Calcutta medical institutions reports 1871-78
Year: 1871
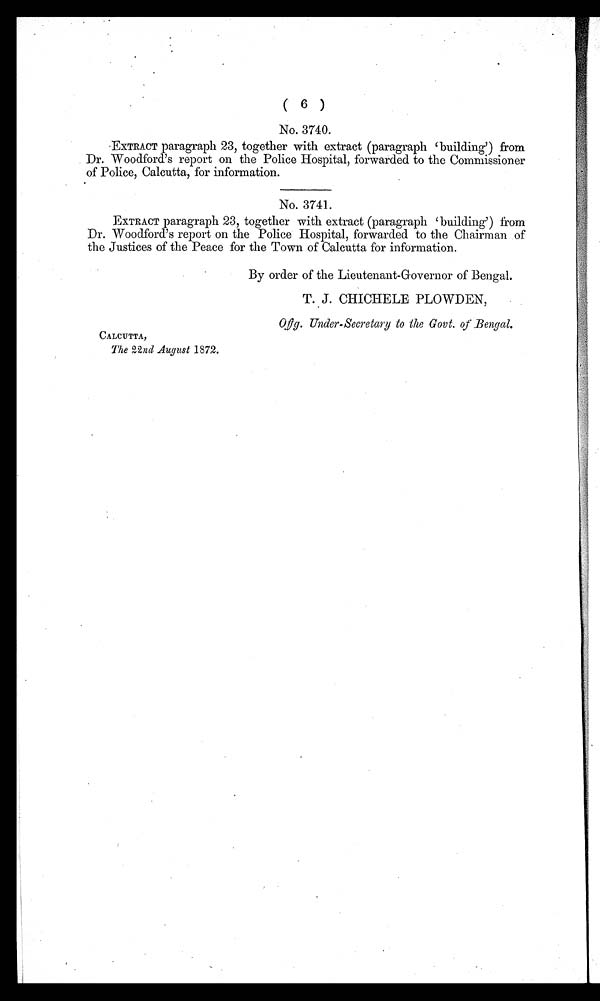
( 6 )
No. 3740.
EXTRACT paragraph 23, together with extract (paragraph 'building') from
Dr. Woodford's report on the Police Hospital, forwarded to the Commissioner
of Police, Calcutta, for information.
No. 3741.
EXTRACT paragraph 23, together with extract (paragraph 'building') from
Dr. Woodford's report on the Police Hospital, forwarded to the Chairman of
the Justices of the Peace for the Town of Calcutta for information.
By order of the Lieutenant-Governor of Bengal.
T. J. CHICHELE PLOWDEN,
Offg. Under-Secretary to the Govt. of Bengal.
CALCUTTA,
The 22 nd August 1872.